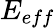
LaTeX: E_{eff}